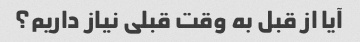
آیا از قبل به وقت قبلی نیاز داریم؟